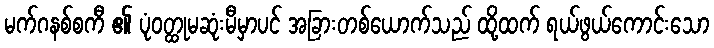
မက်ဂနစ်စကီ ၏ ပုံဝတ္ထုမဆုံးမီမှာပင် အခြားတစ်ယောက်သည် ထို့ထက် ရယ်ဖွယ်ကောင်းသော